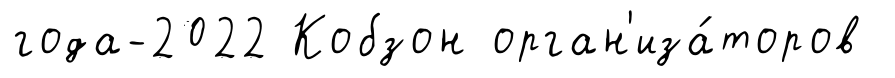
года-2022 Кобзон орган'иза́торов